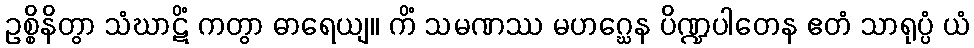
ဥစ္စိနိတွာ သံဃာဋိံ ကတွာ ဓာရေယျ။ ကိံ သမဏဿ မဟဂ္ဃေန ပိဏ္ဍပါတေန ဧတံ သာရုပ္ပံ ယံ